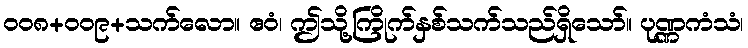
၀၀၈+၀၀၉+သက်လော။ ဧဝံ၊ ဤသို့ကြိုက်နှစ်သက်သည်ရှိသော်။ ပုဏ္ဏကံသံ၊